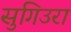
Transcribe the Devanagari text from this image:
सुगिउरा